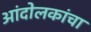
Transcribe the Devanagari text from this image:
आंदोलकांचा